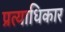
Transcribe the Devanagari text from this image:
प्रत्याधिकार